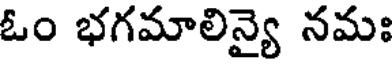
ఓం భగమాలిన్యై నమః